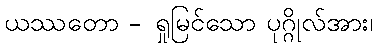
ယဿတော - ရှုမြင်သော ပုဂ္ဂိုလ်အား၊